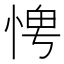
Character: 𪬀